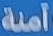
آمنة